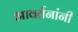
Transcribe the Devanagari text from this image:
आवर्तनांनी